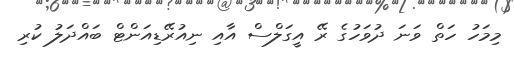
މިމަހު ހަތް ވަނަ ދުވަހުގެ ރޭ އީގަލްސް އާއި ނިއުރޭޑިއަންޓް ބައްދަލު ކުރި